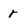
Character: r